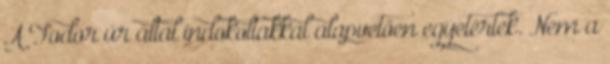
A Fodor úr által indokoltakkal alapvetően egyetértek. Nem a